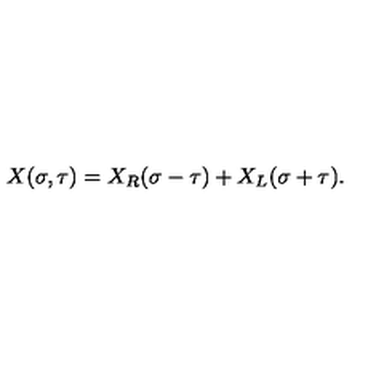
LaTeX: X ( \sigma , \tau ) = X _ { R } ( \sigma - \tau ) + X _ { L } ( \sigma + \tau ) .